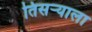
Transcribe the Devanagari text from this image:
तिसर्‍याला